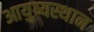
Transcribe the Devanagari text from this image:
आयुष्यस्थान